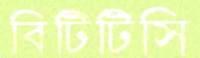
বিটিটিসি